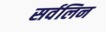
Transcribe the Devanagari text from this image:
सर्वलिन